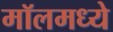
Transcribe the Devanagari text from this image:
मॉलमध्ये